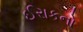
ઈરાકનો